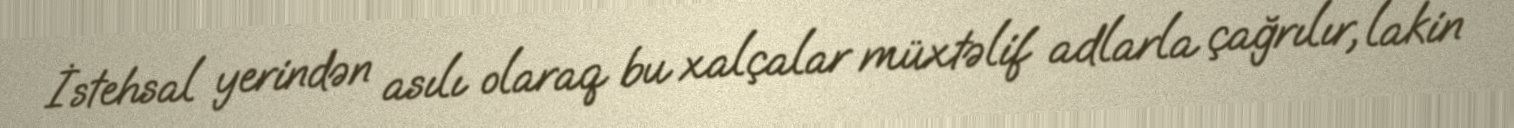
İstehsal yerindən asılı olaraq bu xalçalar müxtəlif adlarla çağrılır, lakin